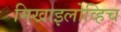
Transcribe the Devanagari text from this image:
मिखाइलोव्हिच